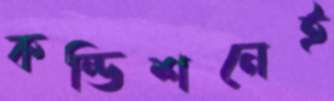
কন্ডিশনেই